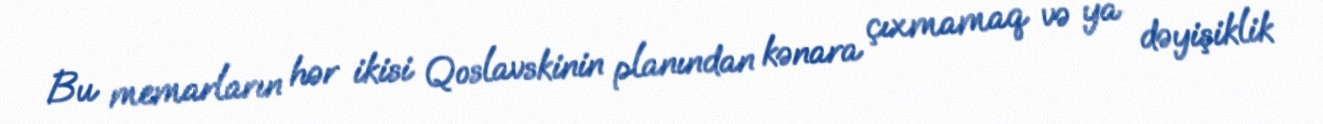
Bu memarların hər ikisi Qoslavskinin planından kənara çıxmamaq və ya dəyişiklik